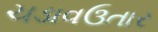
ચડાવઉતાર